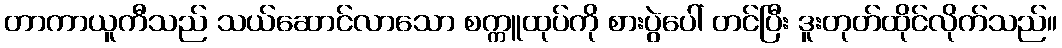
တာကာယူကီသည် သယ်ဆောင်လာသော စက္ကူထုပ်ကို စားပွဲပေါ် တင်ပြီး ဒူးတုတ်ထိုင်လိုက်သည်။